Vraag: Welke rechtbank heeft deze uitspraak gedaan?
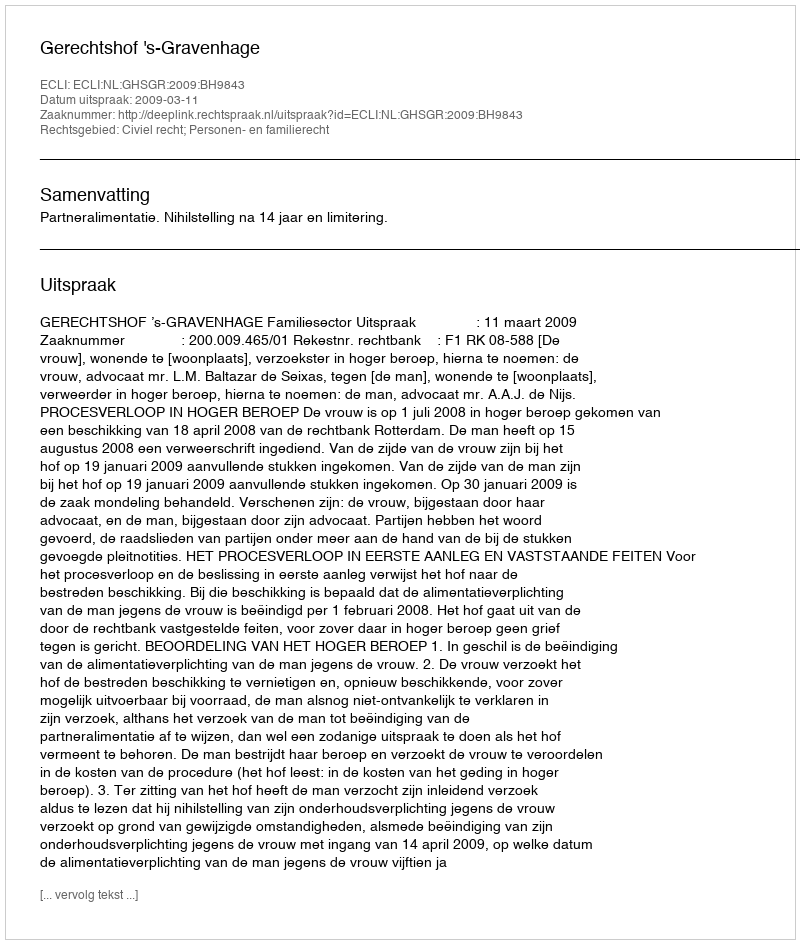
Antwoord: Gerechtshof 's-Gravenhage